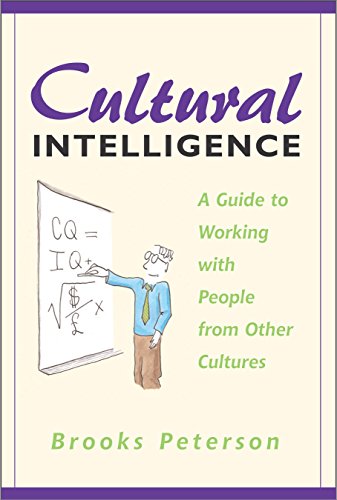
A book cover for Cultural Intelligence: A Guide to Working with People from Other Cultures; Brooks Peterson; Literature & Fiction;